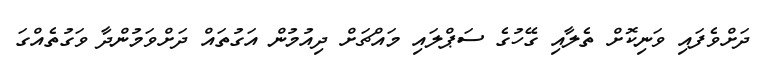
ދަށްވެފައި ވަނިކޮށް ތެލާއި ގޭހުގެ ސަޕްލައި މައްޗަށް ދިއުމުން އަގުތައް ދަށްވަމުންދާ ވަގުތެއްގަ